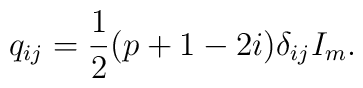
q_{ij} = \frac{1}{2} (p + 1 - 2i) \delta_{ij} I_m.